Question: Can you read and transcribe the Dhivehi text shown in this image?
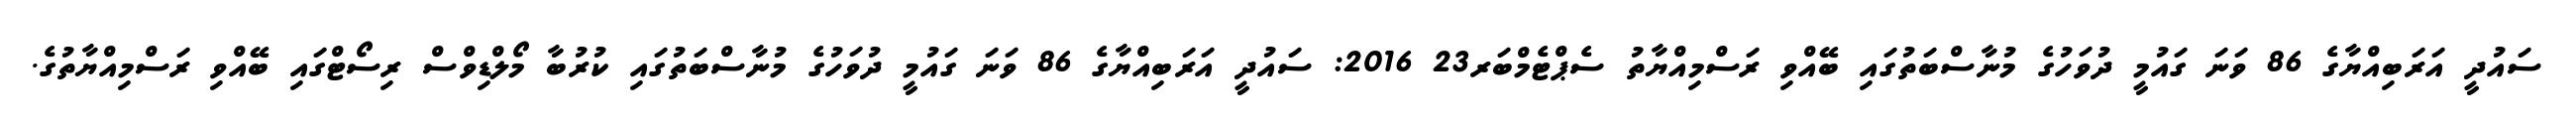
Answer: ސައުދީ އަރަބިއްޔާގެ 86 ވަނަ ގައުމީ ދުވަހުގެ މުނާސްބަތުގައި ބޭއްވި ރަސްމިއްޔާތު ސެޕްޓެމްބަރ23 2016: ސައުދީ އަރަބިއްޔާގެ 86 ވަނަ ގައުމީ ދުވަހުގެ މުނާސްބަތުގައި ކުރުބާ މޯލްޑިވްސް ރިސޯޓްގައި ބޭއްވި ރަސްމިއްޔާތުގެ.